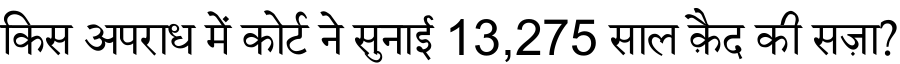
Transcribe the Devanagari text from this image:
किस अपराध में कोर्ट ने सुनाई 13,275 साल क़ैद की सज़ा?